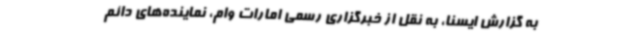
به گزارش ایسنا، به نقل از خبرگزاری رسمی امارات وام، نماینده‌های دائم